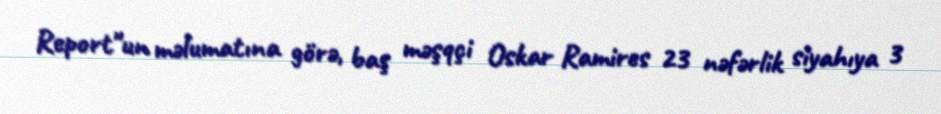
Report"un məlumatına görə, baş məşqçi Oskar Ramires 23 nəfərlik siyahıya 3